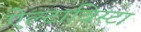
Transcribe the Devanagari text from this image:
ऐल्टाविस्टा